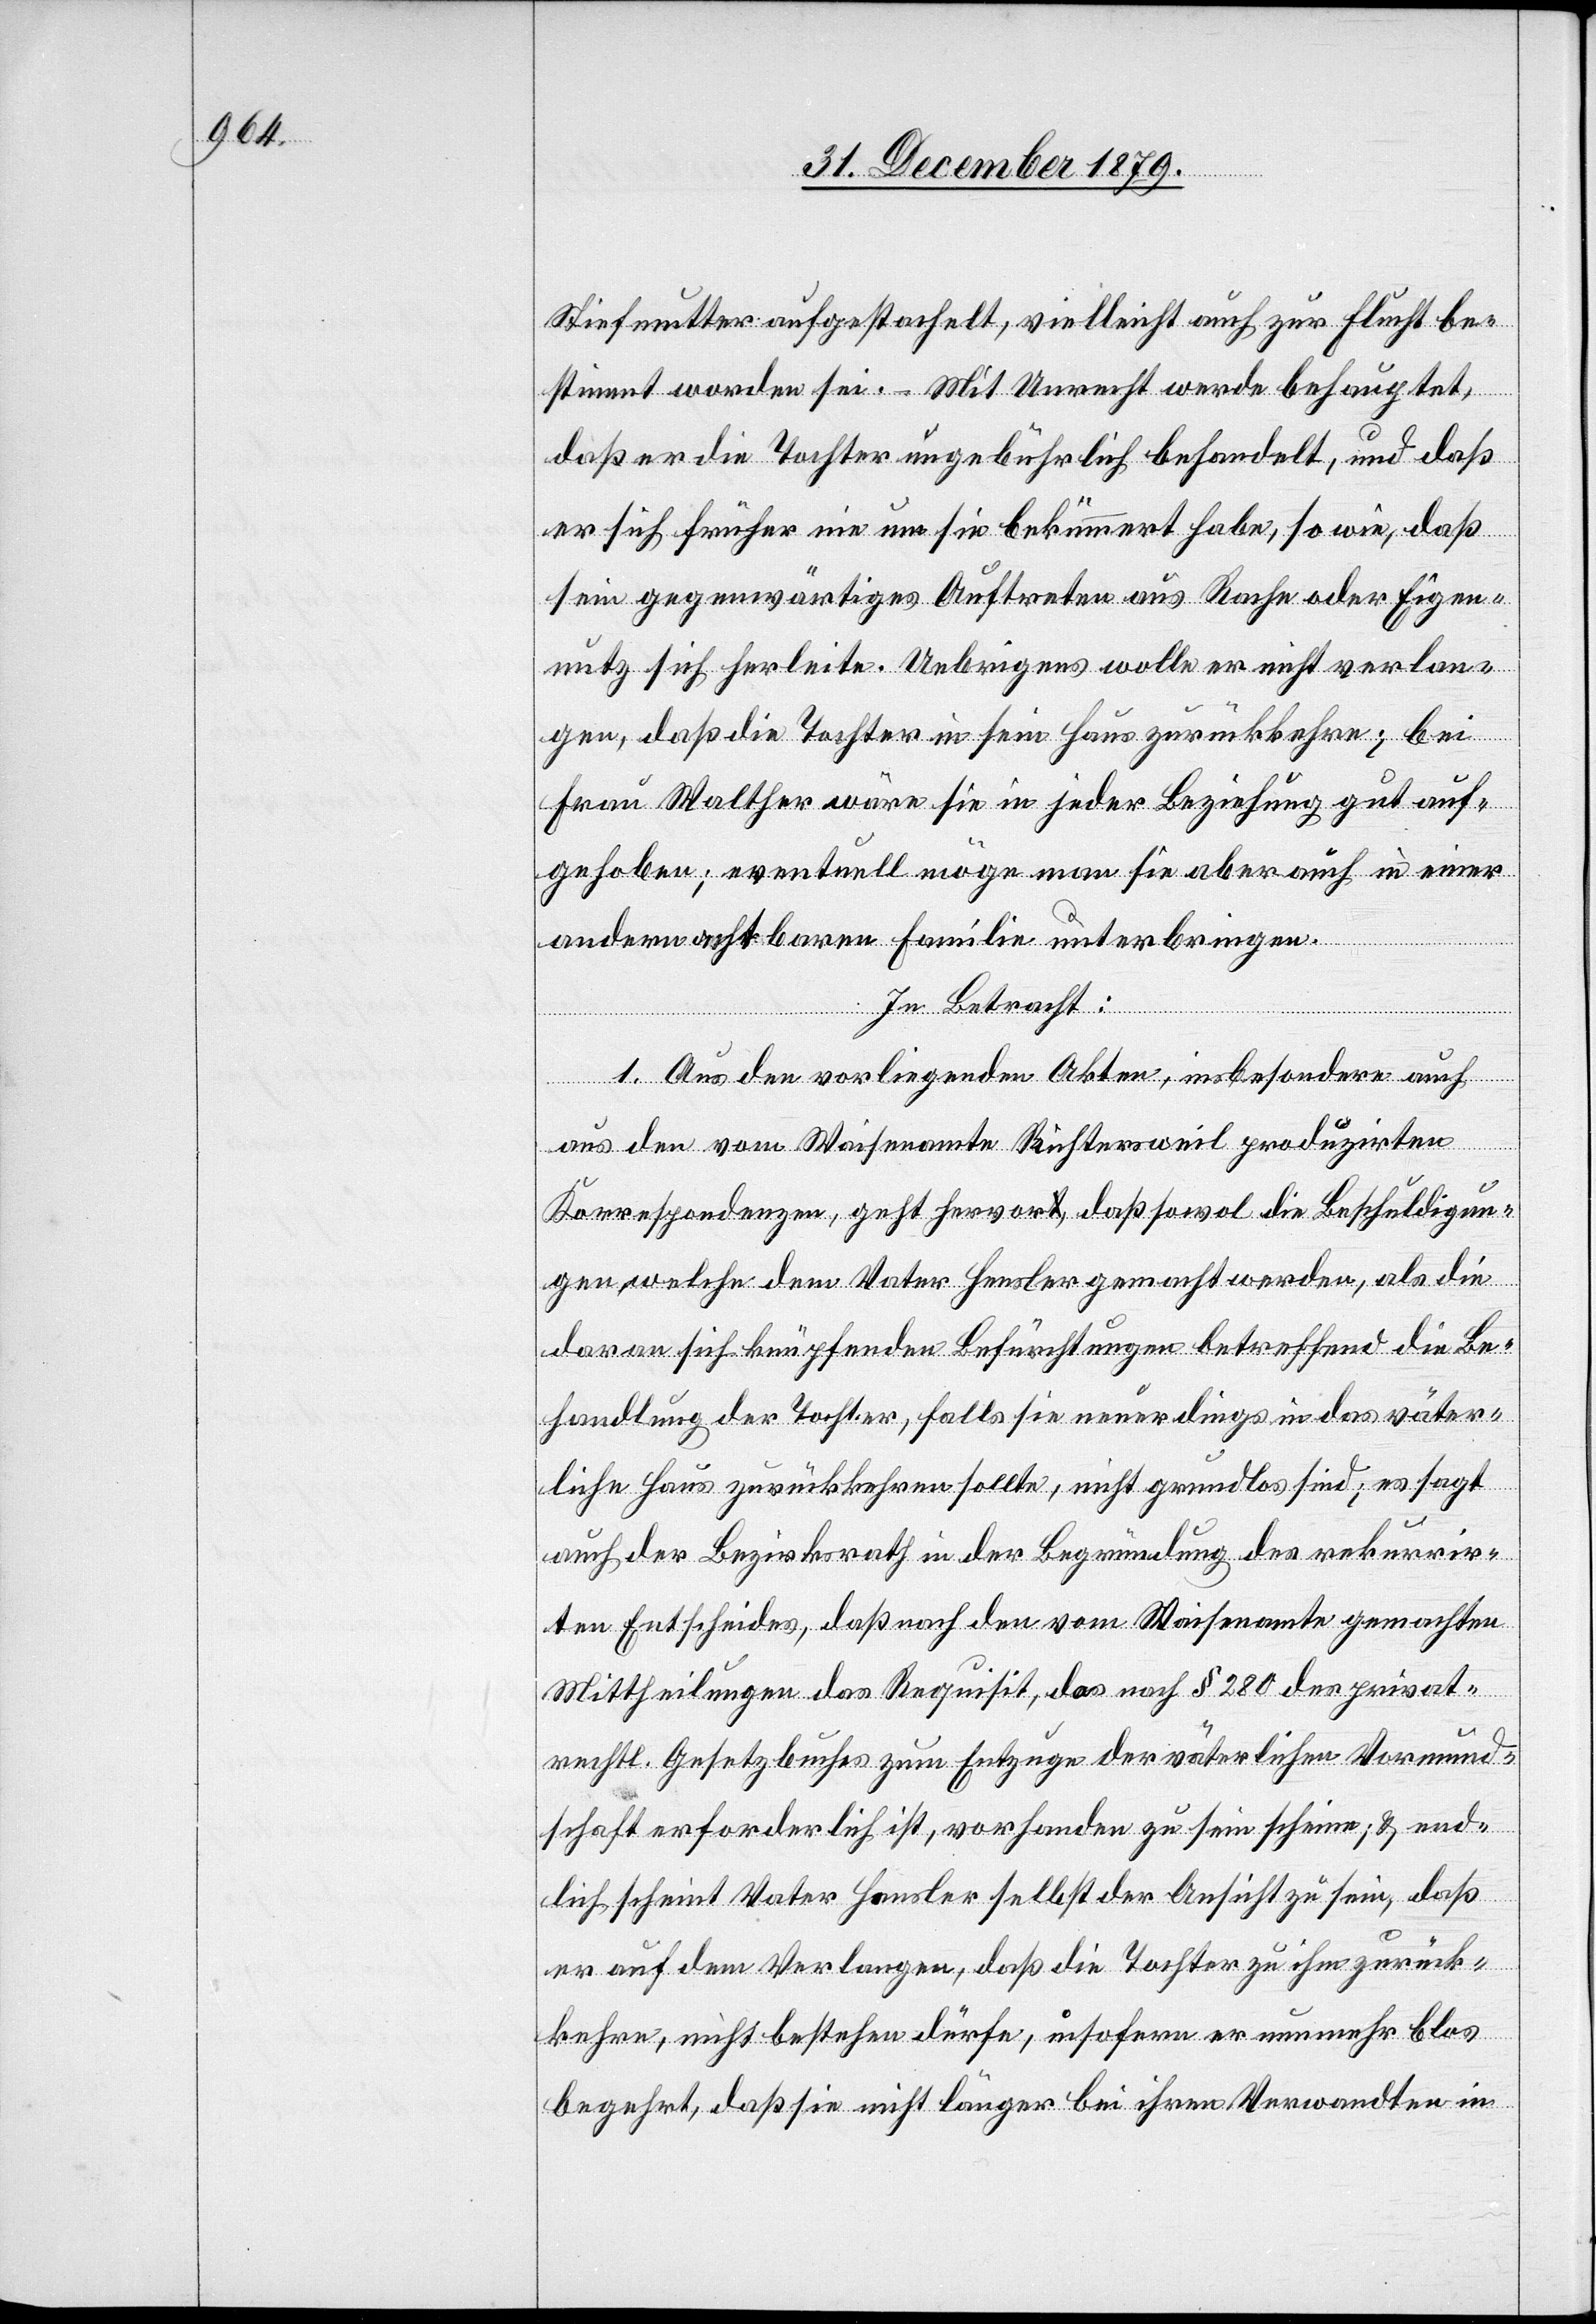
Stiefmutter aufgestachelt, vielleicht auch zur Flucht be¬
stimmt worden sei. – Mit Unrecht werde behauptet,
daß er die Tochter ungebührlich behandelt, und daß
er sich früher nie um sie bekümmert habe, so wie, daß
sein gegenwärtiges Auftreten aus Rache oder Eigen¬
nutz sich herleite. Uebrigens wolle er nicht verlan¬
gen, daß die Tochter in sein Haus zurückkehre; bei
Frau Walther wäre sie in jeder Beziehung gut auf¬
gehoben; eventuell möge man sie aber auch in einer
andern ehrbaren Familie unterbringen.
In Betracht:
1. Aus den vorliegenden Akten, insbesondere auch
aus den vom Waisenamte Richtersweil produzirten
Korrespondenzen, geht hervor, daß sowol die Beschuldigun¬
gen, welche dem Vater Hensler gemacht werden, als die
daran sich knüpfenden Befürchtungen betreffend die Be¬
handlung der Tochter, falls sie neuerdings in das väter¬
liche Haus zurückkehren sollte, nicht grundlos sind; es sagt
auch der Bezirksrath in der Begründung des rekurrir¬
ten Entscheides, daß nach den vom Waisenamte gemachten
Mittheilungen das Requisit, das nach § 280 des privat¬
rechtl. Gesetzbuches zum Entzuge der väterlichen Vormund¬
schaft erforderlich ist, vorhanden zu sein scheine; & end¬
lich scheint Vater Hensler selbst der Ansicht zu sein, daß
er auf dem Verlangen, daß die Tochter zu ihm zurück¬
kehre, nicht bestehen dürfe, insofern er nunmehr blos
begehrt, daß sie nicht länger bei ihren Verwandten in